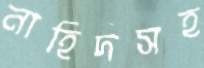
নাহিদসহ